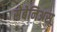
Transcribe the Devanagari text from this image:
सेबेनिअस